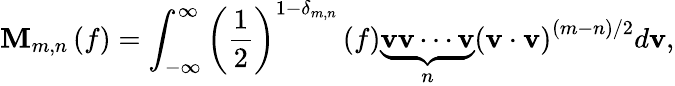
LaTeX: {\mathbf{M}}_{m,n}\left(f\right)=\int_{-\infty}^{\infty}{{{\left({\frac{1}{2}}\right)}^{1-{\delta_{m,n}}}}\left(f\right)\underbrace{{{\mathbf{v}}}{{\mathbf{v}}}\cdots{{\mathbf{v}}}}_{n}{{\left({{{\mathbf{v}}}\cdot{{\mathbf{v}}}}\right)}^{\left({m-n}\right)/2}}d{\mathbf{v}}},